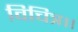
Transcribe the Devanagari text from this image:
विचित्र।।